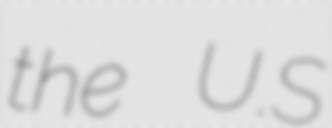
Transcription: the U.S